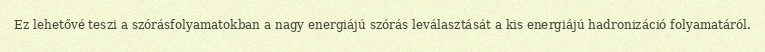
Ez lehetővé teszi a szórásfolyamatokban a nagy energiájú szórás leválasztását a kis energiájú hadronizáció folyamatáról.